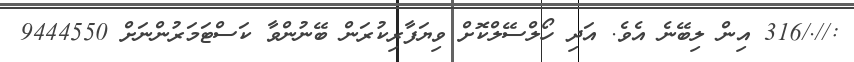
://./316 އިން ލިބޭނެ އެވެ. އަދި ހޯލްސޭލްކޮށް ވިޔަފާރިކުރަން ބޭނުންވާ ކަސްޓަމަރުންނަށް 9444550